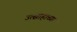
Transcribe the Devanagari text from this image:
उत्साहाच्या